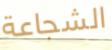
الشجاعة